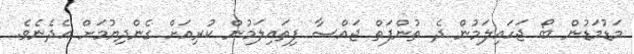
މަޑުމަޑުން ބޯ ޖަހައިލަމުން ދެ ތުންފަތް ޖައްސާ ފިތައިލަމުން ކުރިއަށް ގެންދިޔުމަށް އެދެނެވެ.